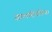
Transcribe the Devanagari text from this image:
सालमोनेलिया